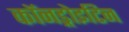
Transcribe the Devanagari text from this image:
कॉनड्रोइटिन